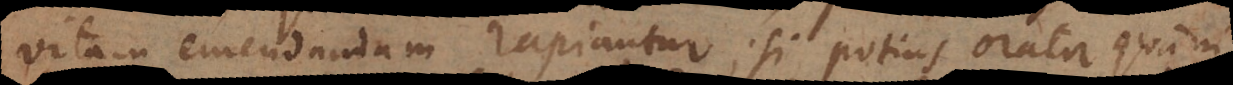
vitam emendandam rapiantur; si potius orator qua